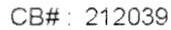
CB# : 212039